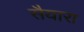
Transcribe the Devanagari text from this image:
सैयारा